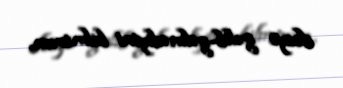
dosye gəlib-gəlmədiyini bilmirəm.